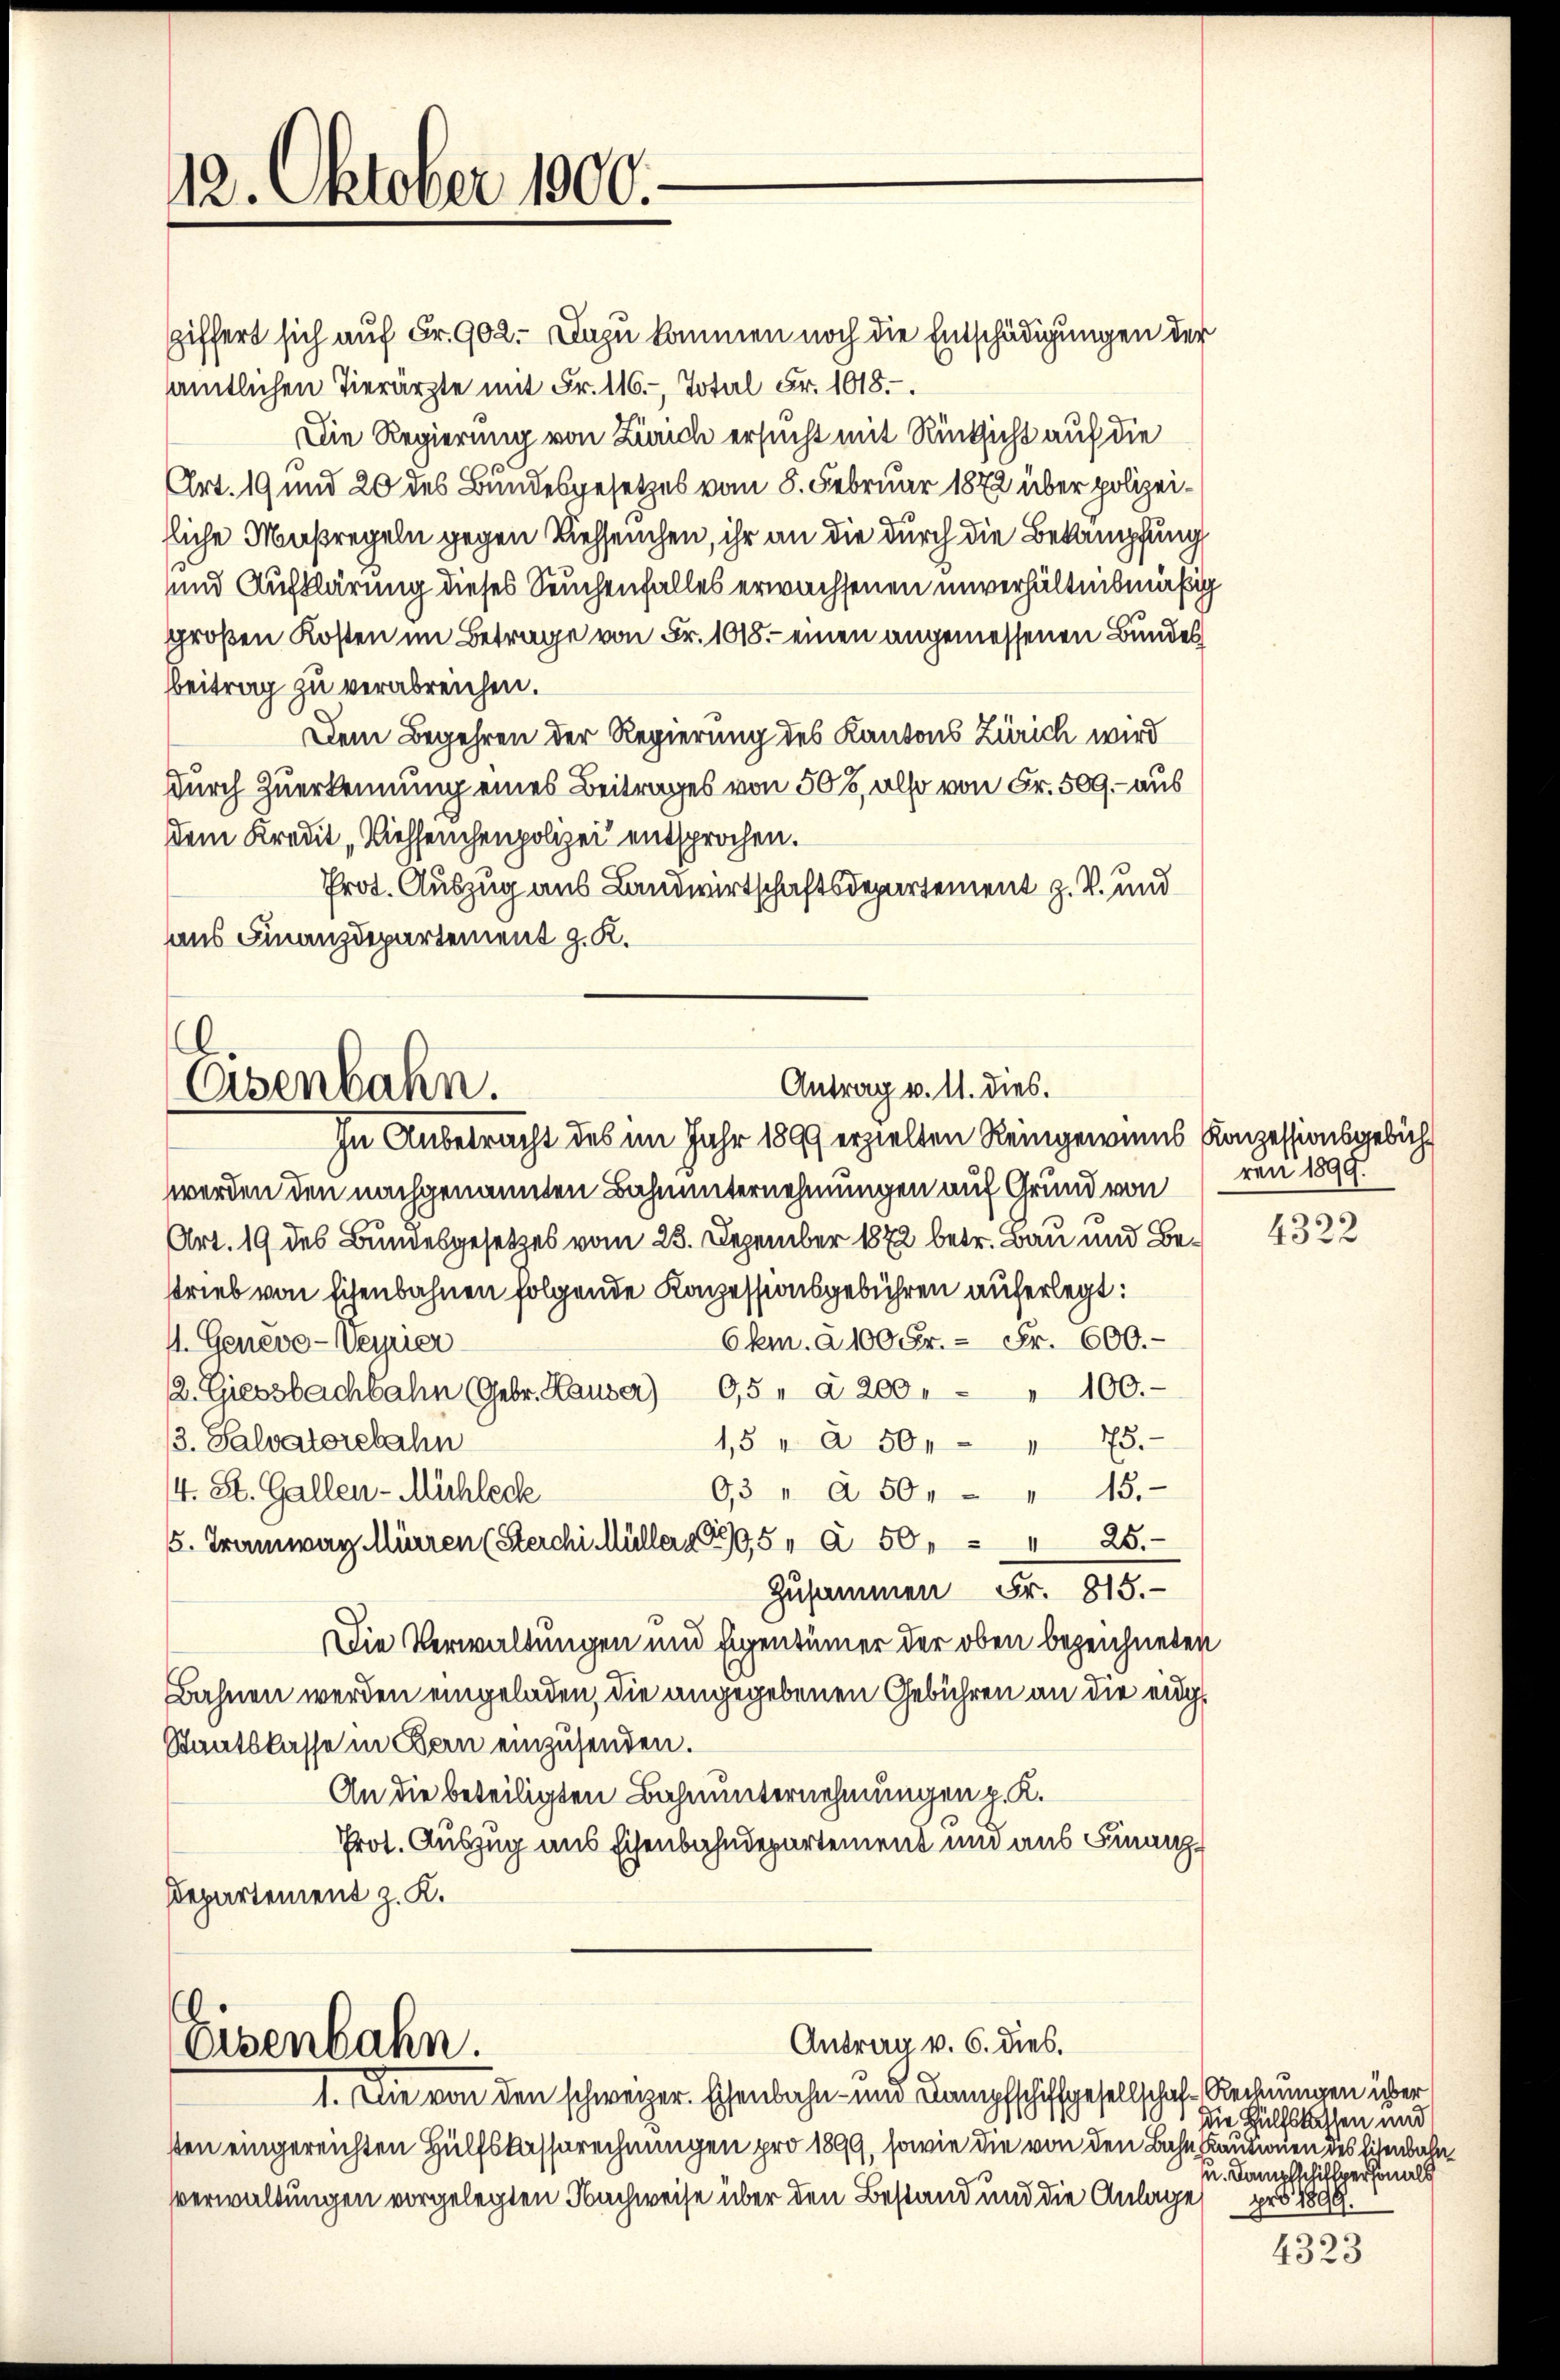
12. Oktober 1900.

giffert sich auf Fr. 902. Dazu kommen noch die Entschädigungen der
sämtlichen Tierärzte mit Fr. 116. Total Fr. 1018.
Die Regierung von Zürich ersucht mit Rücksicht auf die
Art. 19 und 20 des Bundesgesetzes vom 8. Februar 1872 über polizeiliche Maßregeln gegen Viehseuchen, ihr an die durch die Bekämpfung
und Aufklärung dieses Seuchenfalles erwachsenen unverhältnismäßig
großen Kosten im Betrage von Fr. 1018.- einen angemessenen Bundes
bbeitrag zu verabreichen.
Dem Begehren der Regierung des Kantons Zürich wird
Durch Zuerkennung eines Beitrages von 508, also von Fr. 509. aus
dem Kredit Viehseuchenpolizei entsprochen.
Prot. Auszug aus Landwirtschaftsdepartement z. B. und
aus Finanzdepartement z. K.

Antrag v. 11. dies.
Osenbahn.

Eisenbahn.

In Anbetracht des im Jahr 1899 erzielten Reingewinns Konzessionsgebüh
werden den nachgenannten Bahnunternehmungen auf Grund von
Art. 19 des Bundesgesetzes vom 23. Dezember 1872 betr. Bau und Bestrieb von Eisenbahnen folgende Konzessionsgebühren auferlegt:
Ckm. à 100 Fr. - Fr. 600.-
I. Genevo-Weyrier
2. Giessbachbahn (Gebr. Hauser) 95. a 200. - " 100.
75.
3. Salvatorebahn
1,5 " à 50
4. St. Gallen-Mühlech
93 " à 50. - " 15.
5. Tramwar Mürren (Sterchi Müller 1895 " à 50, " " 25.
Zusammen Fr. 815.
Die Verwaltungen und Eigentümer der oben bezeichneten
Bahnen werden eingeladen, die angegebenen Gebühren an die eidg¬
Staatskasse in Bern einzusenden.
An die beteiligten Bahnunternehmungen p. K.
Prot. Auszug aus Eisenbahndepartement und aus Finanz¬
Departement z. K.

Antrag v. 6. dies.

1. Die von den schweizer. Eisenbahn- und Kampfschiffgesellschaf-Rechnungen über
sten eingereichten Hülfskassarechnungen pro 1899, sowie die von den Bahn Cautionen des Eisenbahn
vverwaltungen vorgelegten Nachweise über den Bestand und die Anlage

ren 1899.
4322

Die Hülfslassen und
u. Dampfschiftpersonals
pro 1899

4323